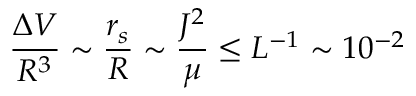
\frac { \Delta V } { R ^ { 3 } } \sim \frac { r _ { s } } { R } \sim \frac { J ^ { 2 } } { \mu } \leq L ^ { - 1 } \sim 1 0 ^ { - 2 }